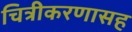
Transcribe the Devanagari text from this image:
चित्रीकरणासह